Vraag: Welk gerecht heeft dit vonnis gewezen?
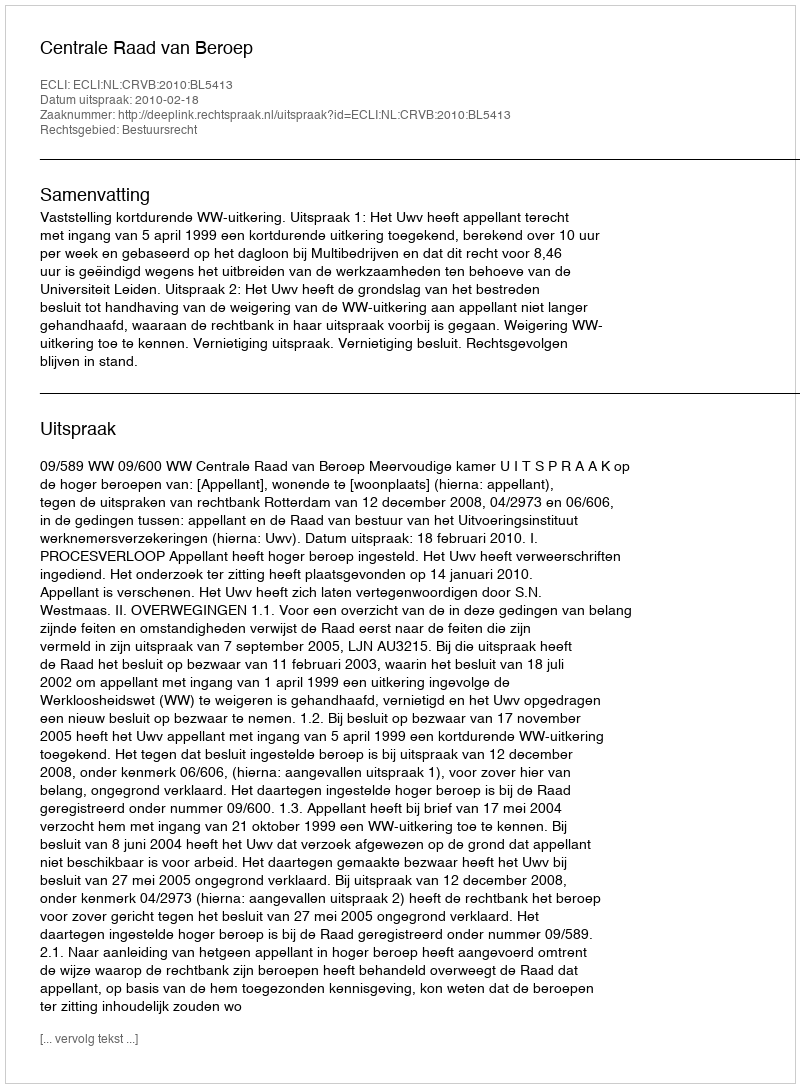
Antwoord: Centrale Raad van Beroep